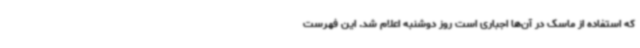
که استفاده از ماسک در آن‌ها اجباری است روز دوشنبه اعلام شد. این فهرست